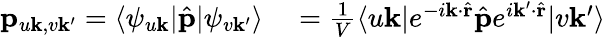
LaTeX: \begin{array}{rl}{\mathbf{p}_{u\mathbf{k},v\mathbf{k^{\prime}}}=\langle\psi_{u\mathbf{k}}|\hat{\mathbf{p}}|\psi_{v\mathbf{k}^{\prime}}\rangle}&{{}=\frac{1}{V}\langle u\mathbf{k}|e^{-i\mathbf{k}\cdot\hat{\mathbf{r}}}\hat{\mathbf{p}}e^{i\mathbf{k}^{\prime}\cdot\hat{\mathbf{r}}}|v\mathbf{k}^{\prime}\rangle}\end{array}